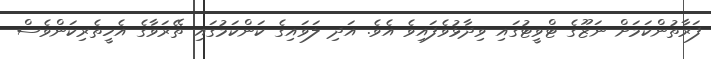
ފަރާތުންކަމަށް ނަޒޫގެ ޓްވީޓުގައި ވިދާޅުވެފައިވެ އެވެ. އަދި ލަަވައިގެ ކަންކަމުގައި ތޭރަވާގެ އެހީތެރިކަންވެސް